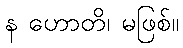
န ဟောတိ၊ မဖြစ်။